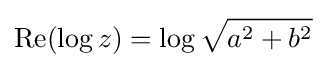
\operatorname {Re} (\log z)=\log {\sqrt {a^{2}+b^{2}}}